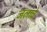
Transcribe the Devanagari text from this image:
जलावे